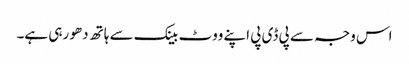
اس وجہ سے پی ڈی پی اپنے ووٹ بینک سے ہاتھ دھو رہی ہے۔